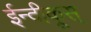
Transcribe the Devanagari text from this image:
ईन्दीकूस्